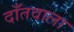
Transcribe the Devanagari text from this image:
दाँतवाला